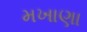
મખાણા